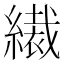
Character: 𦅞